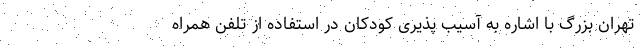
تهران بزرگ با اشاره به آسیب پذیری کودکان در استفاده از تلفن همراه